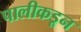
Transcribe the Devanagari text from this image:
पालीकडून